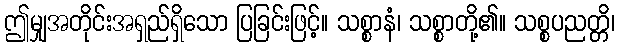
ဤမျှအတိုင်းအရှည်ရှိသော ပြခြင်းဖြင့်။ သစ္စာနံ၊ သစ္စာတို့၏။ သစ္စပညတ္တိ၊